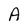
Character: A